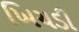
ખિચડી